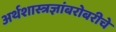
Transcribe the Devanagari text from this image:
अर्थशास्त्रज्ञांबरोबरीचे